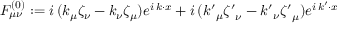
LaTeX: F _ { \mu \nu } ^ { ( 0 ) } : = i \, ( k _ { \mu } \zeta _ { \nu } - k _ { \nu } \zeta _ { \mu } ) e ^ { i \, k \cdot x } + i \, ( { k ^ { \prime } } _ { \mu } { \zeta ^ { \prime } } _ { \nu } - { k ^ { \prime } } _ { \nu } { \zeta ^ { \prime } } _ { \mu } ) e ^ { i \, k ^ { \prime } \cdot x }